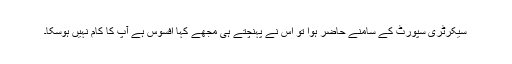
سیکرٹری سپورٹ کے سامنے حاضر ہوا تو اس نے پہنچتے ہی مجھے کہا افسوس ہے آپ کا کام نہیں ہوسکا۔